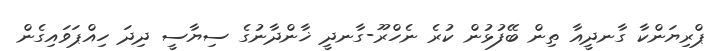
ޕްރިޔަންކާ ގާނދީއާ ތިން ބޭފުޅުން ކުރެ ނެހްރޫ-ގާނދީ ޚާންދާނުގެ ސިޔާސީ ދިދަ ހިއްޕަވައިގެން